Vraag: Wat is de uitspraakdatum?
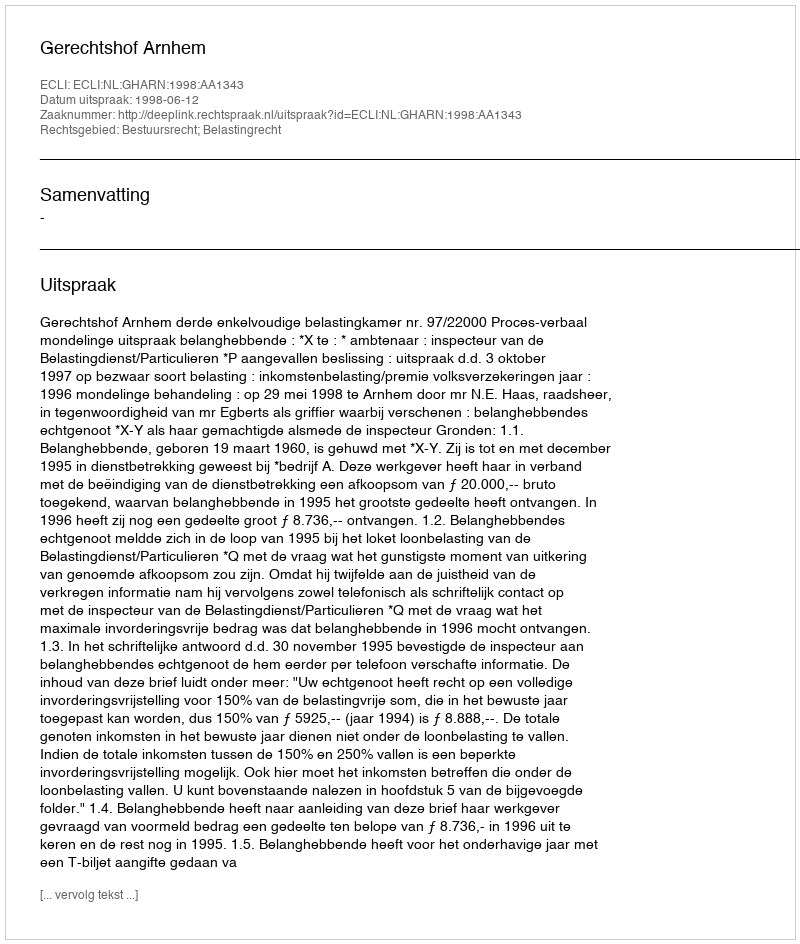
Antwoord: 1998-06-12